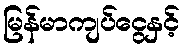
မြန်မာကျပ်ငွေနှင့်